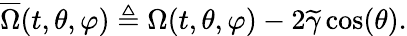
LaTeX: \overline{{\Omega}}(t,\theta,\varphi)\triangleq\Omega(t,\theta,\varphi)-2\widetilde{\gamma}\cos(\theta).